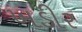
ખડીર